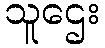
သူဌေး